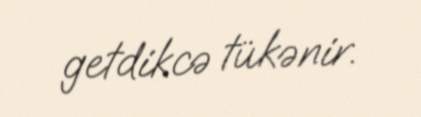
getdikcə tükənir.